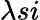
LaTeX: \lambda si